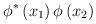
LaTeX: \begin{align*}\phi^* \left( x_1 \right) \phi \left( x_2 \right)\end{align*}